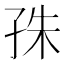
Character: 𡥛